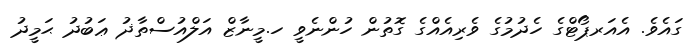
ގައެވެ. އެއަރޕޯޓްގެ ހެދުމުގެ ވެރިއެއްގެ ގޮތުން ހުންނެވީ ހ.މީނާޒް އަލްއުސްތާޛު ޢަބުދު ޙަމީދު